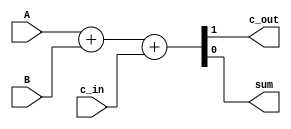
`timescale 1ns / 1ps
//////////////////////////////////////////////////////////////////////////////////
// Company: 
// Engineer: 
// 
// Design Name: 
// Module Name: FA
// Project Name: 
// Target Devices: 
// Tool Versions: 
// Description: 
// 
// Dependencies: 
// 
// Revision:
// Revision 0.01 - File Created
// Additional Comments:
// 
//////////////////////////////////////////////////////////////////////////////////


module FA(
    input A,
    input B,
    input c_in,
    output c_out,
    output sum
    );
    
    assign {c_out,sum} = A + B + c_in;
endmodule